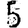
Digit: 5